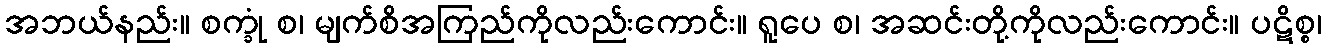
အဘယ်နည်း။ စက္ခုံ စ၊ မျက်စိအကြည်ကိုလည်းကောင်း။ ရူပေ စ၊ အဆင်းတို့ကိုလည်းကောင်း။ ပဋိစ္စ၊